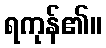
ရကုန်၏။